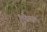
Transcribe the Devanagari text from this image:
एपीनाल